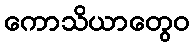
ကောသိယာတွေဝ